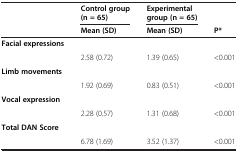
<table><thead><tr><td><b> </b></td><td><b>Control group (n = 65)</b></td><td><b>Experimental group (n = 65)</b></td><td><b> </b></td></tr><tr><td><b> </b></td><td><b>Mean (SD)</b></td><td><b>Mean (SD)</b></td><td><b>P*</b></td></tr></thead><tbody><tr><td><b>Facial expressions</b></td><td> </td><td> </td><td> </td></tr><tr><td> </td><td>2.58 (0.72)</td><td>1.39 (0.65)</td><td>&lt;0.001</td></tr><tr><td><b>Limb movements</b></td><td> </td><td> </td><td> </td></tr><tr><td> </td><td>1.92 (0.69)</td><td>0.83 (0.51)</td><td>&lt;0.001</td></tr><tr><td><b>Vocal expression</b></td><td> </td><td> </td><td> </td></tr><tr><td> </td><td>2.28 (0.57)</td><td>1.31 (0.68)</td><td>&lt;0.001</td></tr><tr><td><b>Total DAN Score</b></td><td> </td><td> </td><td> </td></tr><tr><td> </td><td>6.78 (1.69)</td><td>3.52 (1.37)</td><td>&lt;0.001</td></tr></tbody></table>